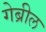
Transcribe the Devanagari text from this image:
गेब्रील